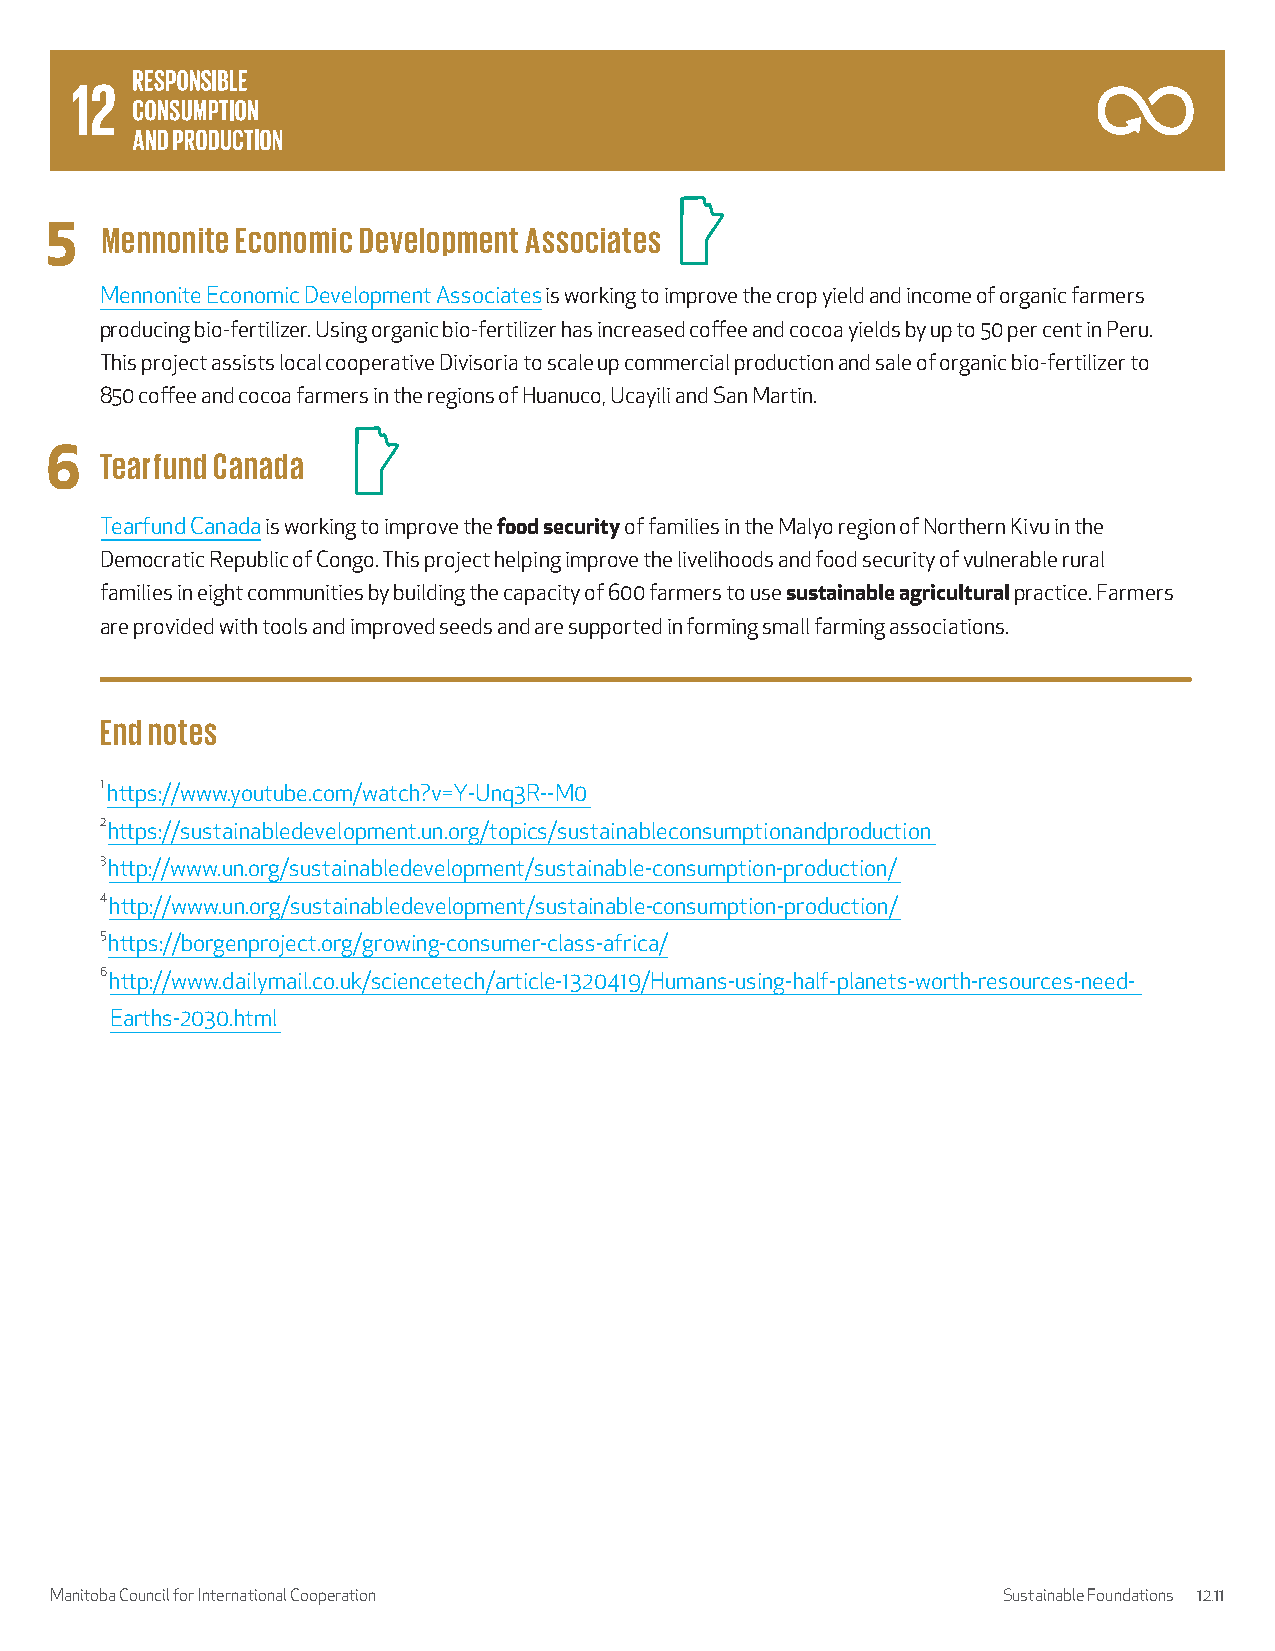
5   Mennonite Economic Development Associates
 Mennonite Economic Development Associates is working to improve the crop yield and income of organic farmers
 producing bio-fertilizer. Using organic bio-fertilizer has increased coffee and cocoa yields by up to 50 per cent in Peru.
 This project assists local cooperative Divisoria to scale up commercial production and sale of organic bio-fertilizer to
 850 coffee and cocoa farmers in the regions of Huanuco, Ucayili and San Martin.
 6   Tearfund Canada
 Tearfund Canada is working to improve the food security of families in the Malyo region of Northern Kivu in the
 Democratic Republic of Congo. This project helping improve the livelihoods and food security of vulnerable rural
 families in eight communities by building the capacity of 600 farmers to use sustainable agricultural practice. Farmers
 are provided with tools and improved seeds and are supported in forming small farming associations.
 End notes
 1 https://www.youtube.com/watch?v=Y-Unq3R--M0
 2 https://sustainabledevelopment.un.org/topics/sustainableconsumptionandproduction
 3 http://www.un.org/sustainabledevelopment/sustainable-consumption-production/
 4 http://www.un.org/sustainabledevelopment/sustainable-consumption-production/
 5 https://borgenproject.org/growing-consumer-class-africa/
 6 http://www.dailymail.co.uk/sciencetech/article-1320419/Humans-using-half-planets-worth-resources-need-
 Earths-2030.html
 Manitoba Council for International Cooperation                 Sustainable Foundations 12.11